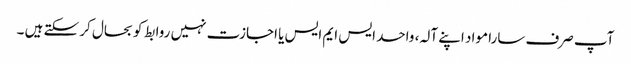
آپ صرف سارا مواد اپنے آلہ، واحد ایس ایم ایس یا اجازت نہیں روابط کو بحال کر سکتے ہیں ۔